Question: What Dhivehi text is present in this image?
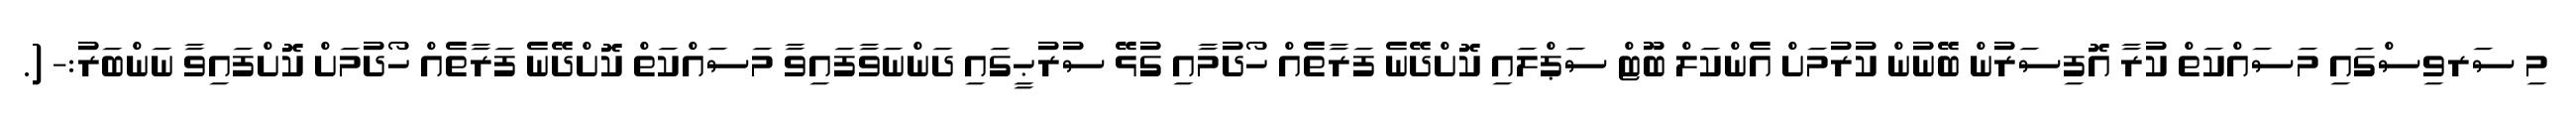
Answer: މި ސަރވިސްގައި މަސައްކަތް ކުރާ އޮފިސަރުން ބޭނުން ކުރުމަށް އެންކަލް ބޫޓް ސަޕްލައި ކޮށްދޭނެ ފަރާތެއް ހޯދުމާއި ގުޅޭ ސުރުޙީގައި ދަންނަވާފައިވާ މަސައްކަތް ކޮށްދޭނެ ފަރާތެއް ހޯދުމަށް ކޮށްފައިވާ ނަންބަރު:- (.